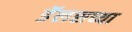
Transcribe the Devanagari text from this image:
डॅलसच्या